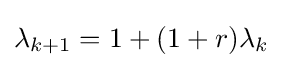
\lambda _{k+1}=1+(1+r)\lambda _{k}